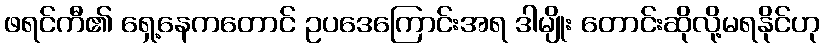
ဖရင်ကီ၏ ရှေ့နေကတောင် ဥပဒေကြောင်းအရ ဒါမျိုး တောင်းဆိုလို့မရနိုင်ဟု